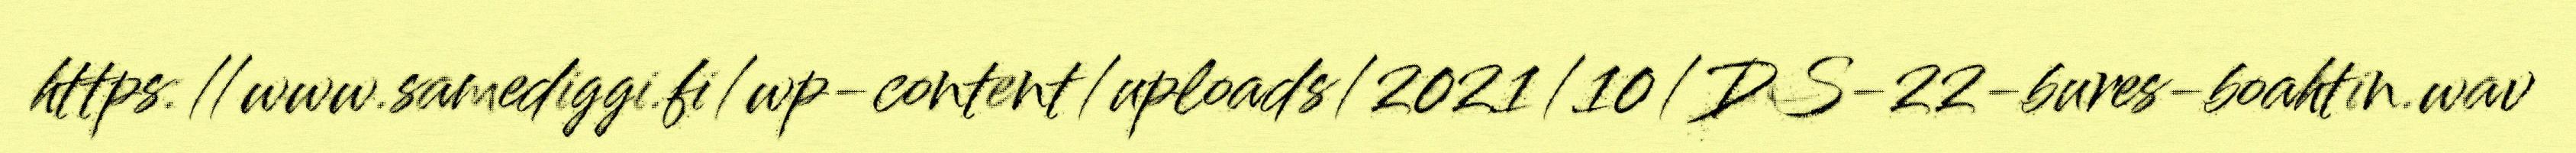
https://www.samediggi.fi/wp-content/uploads/2021/10/DS-22-bures-boahtin.wav